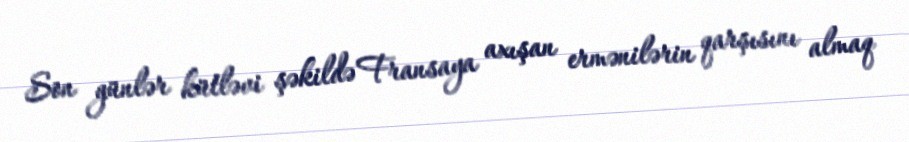
Son günlər kütləvi şəkildə Fransaya axışan ermənilərin qarşısını almaq